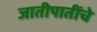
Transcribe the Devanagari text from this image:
जातीपातींचे